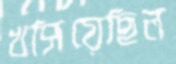
খসিয়েছিল